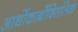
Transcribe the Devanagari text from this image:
आर्थोकार्बोक्सिलिक